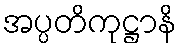
အပ္ပတိကုဋ္ဌာနိ